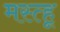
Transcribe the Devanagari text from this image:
मस्त्हू